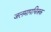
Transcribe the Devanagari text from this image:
जलमापचित्रक